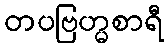
တပဗြဟ္မစာရီ